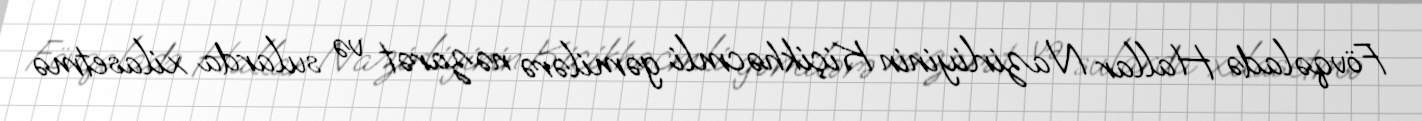
Fövqəladə Hallar Nazirliyinin Kiçikhəcmli gəmilərə nəzarət və sularda xilasetmə